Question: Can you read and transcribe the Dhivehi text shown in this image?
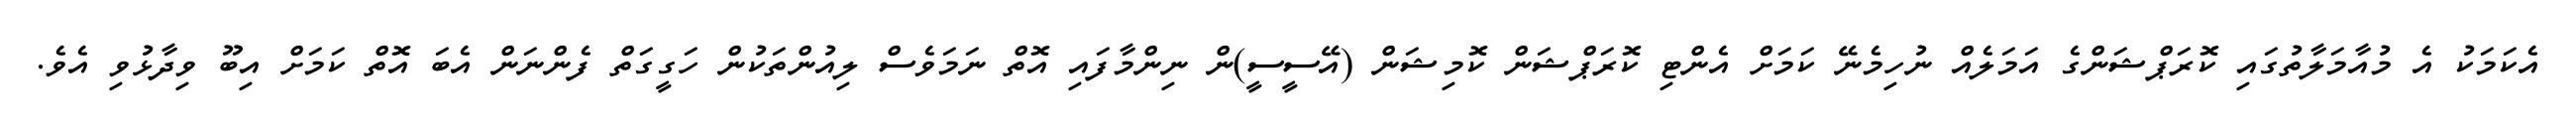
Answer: އެކަމަކު އެ މުއާމަލާތުގައި ކޮރަޕްޝަންގެ އަމަލެއް ނުހިމެނޭ ކަމަށް އެންޓި ކޮރަޕްޝަން ކޮމިޝަން (އޭސީސީ)ން ނިންމާފައި އޮތް ނަމަވެސް ލިއުންތަކުން ހަގީގަތް ފެންނަން އެބަ އޮތް ކަމަށް އިބޫ ވިދާޅުވި އެވެ.